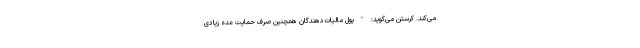
می‌کند. کرستن می‌گوید: " پول مالیات‌دهندگان همچنین صرف حمایت عده زیادی